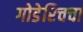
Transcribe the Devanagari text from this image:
गोडेरिचचा